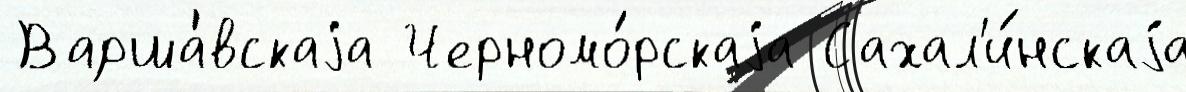
 Варша́вскаjа Черномо́рскаjа Сахал'и́нскаjа